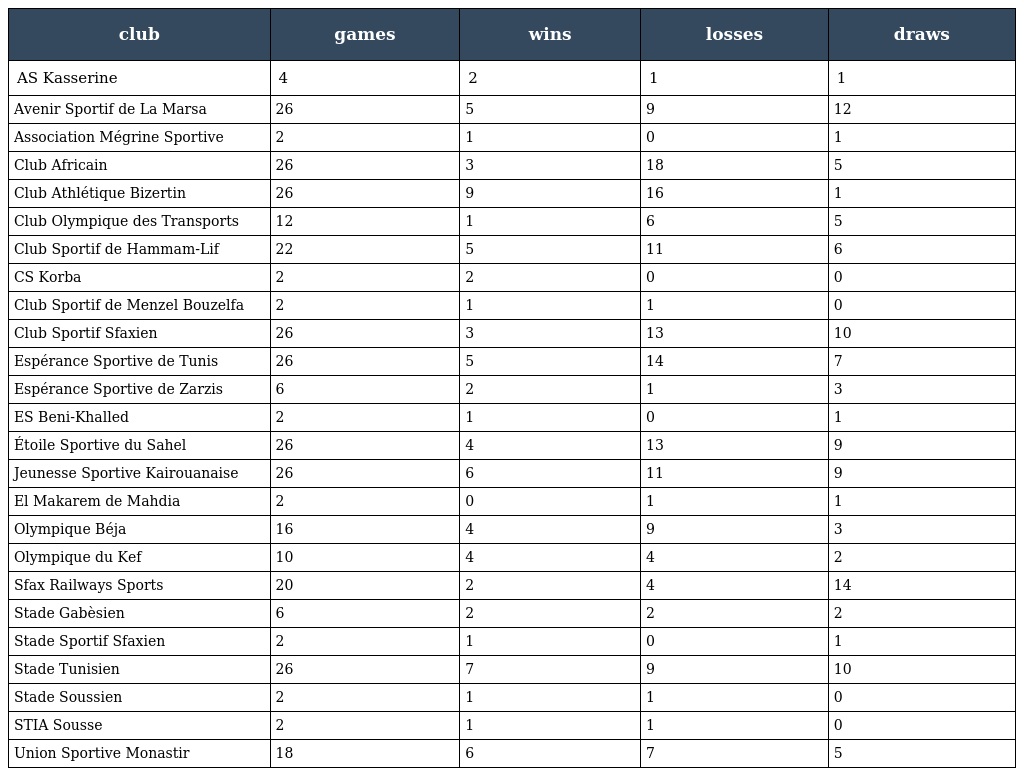
| club | games | wins | losses | draws |
 | --- | --- | --- | --- | --- |
 | AS Kasserine | 4 | 2 | 1 | 1 |
 | Avenir Sportif de La Marsa | 26 | 5 | 9 | 12 |
 | Association Mégrine Sportive | 2 | 1 | 0 | 1 |
 | Club Africain | 26 | 3 | 18 | 5 |
 | Club Athlétique Bizertin | 26 | 9 | 16 | 1 |
 | Club Olympique des Transports | 12 | 1 | 6 | 5 |
 | Club Sportif de Hammam-Lif | 22 | 5 | 11 | 6 |
 | CS Korba | 2 | 2 | 0 | 0 |
 | Club Sportif de Menzel Bouzelfa | 2 | 1 | 1 | 0 |
 | Club Sportif Sfaxien | 26 | 3 | 13 | 10 |
 | Espérance Sportive de Tunis | 26 | 5 | 14 | 7 |
 | Espérance Sportive de Zarzis | 6 | 2 | 1 | 3 |
 | ES Beni-Khalled | 2 | 1 | 0 | 1 |
 | Étoile Sportive du Sahel | 26 | 4 | 13 | 9 |
 | Jeunesse Sportive Kairouanaise | 26 | 6 | 11 | 9 |
 | El Makarem de Mahdia | 2 | 0 | 1 | 1 |
 | Olympique Béja | 16 | 4 | 9 | 3 |
 | Olympique du Kef | 10 | 4 | 4 | 2 |
 | Sfax Railways Sports | 20 | 2 | 4 | 14 |
 | Stade Gabèsien | 6 | 2 | 2 | 2 |
 | Stade Sportif Sfaxien | 2 | 1 | 0 | 1 |
 | Stade Tunisien | 26 | 7 | 9 | 10 |
 | Stade Soussien | 2 | 1 | 1 | 0 |
 | STIA Sousse | 2 | 1 | 1 | 0 |
 | Union Sportive Monastir | 18 | 6 | 7 | 5 |